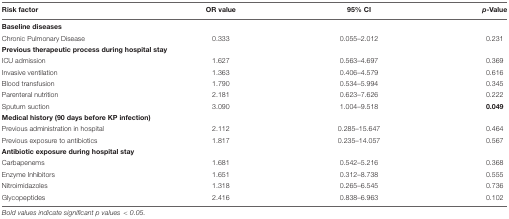
<table><thead><tr><td><b>Risk factor</b></td><td><b>OR value</b></td><td><b>95% CI</b></td><td><b><i>p</i>-Value</b></td></tr></thead><tbody><tr><td><b>Baseline diseases</b></td><td></td><td></td><td></td></tr><tr><td>Chronic Pulmonary Disease</td><td>0.333</td><td>0.055–2.012</td><td>0.231</td></tr><tr><td><b>Previous therapeutic process during hospital stay</b></td><td></td><td></td><td></td></tr><tr><td>ICU admission</td><td>1.627</td><td>0.563–4.697</td><td>0.369</td></tr><tr><td>Invasive ventilation</td><td>1.363</td><td>0.406–4.579</td><td>0.616</td></tr><tr><td>Blood transfusion</td><td>1.790</td><td>0.534–5.994</td><td>0.345</td></tr><tr><td>Parenteral nutrition</td><td>2.181</td><td>0.623–7.626</td><td>0.222</td></tr><tr><td>Sputum suction</td><td>3.090</td><td>1.004–9.518</td><td><b>0.049</b></td></tr><tr><td><b>Medical history (90 days before KP infection)</b></td><td></td><td></td><td></td></tr><tr><td>Previous administration in hospital</td><td>2.112</td><td>0.285–15.647</td><td>0.464</td></tr><tr><td>Previous exposure to antibiotics</td><td>1.817</td><td>0.235–14.057</td><td>0.567</td></tr><tr><td><b>Antibiotic exposure during hospital stay</b></td><td></td><td></td><td></td></tr><tr><td>Carbapenems</td><td>1.681</td><td>0.542–5.216</td><td>0.368</td></tr><tr><td>Enzyme Inhibitors</td><td>1.651</td><td>0.312–8.738</td><td>0.555</td></tr><tr><td>Nitroimidazoles</td><td>1.318</td><td>0.265–6.545</td><td>0.736</td></tr><tr><td>Glycopeptides</td><td>2.416</td><td>0.838–6.963</td><td>0.102</td></tr></tbody></table>